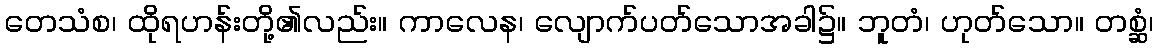
တေသံစ၊ ထိုရဟန်းတို့၏လည်း။ ကာလေန၊ လျောက်ပတ်သောအခါ၌။ ဘူတံ၊ ဟုတ်သော။ တစ္ဆံ၊